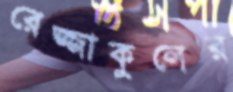
রেজ্জাকুলের